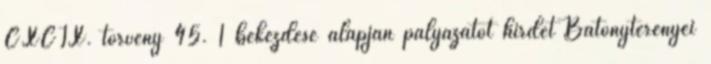
CXCIX. törvény 45. 1 bekezdése alapján pályázatot hirdet Bátonyterenyei